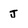
Character: J